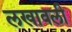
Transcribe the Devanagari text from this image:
लखावली